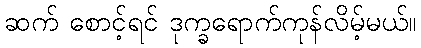
ဆက် စောင့်ရင် ဒုက္ခရောက်ကုန်လိမ့်မယ်။